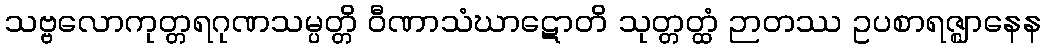
သဗ္ဗလောကုတ္တရဂုဏသမ္ပတ္တိ ဝီဏာသံဃာဋောတိ သုတ္တတ္ထံ ဉာတဿ ဥပစာရဇ္ဈာနေန